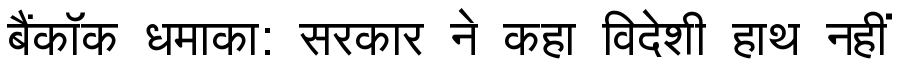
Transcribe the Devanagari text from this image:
बैंकॉक धमाका: सरकार ने कहा विदेशी हाथ नहीं